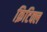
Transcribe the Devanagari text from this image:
क्रिटिक्ल